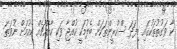
ކާ ވަގުތުތަކުގައި މިފަދަ ސްކްރީންތަކަށް ބެލުމަކީ ކުއްޖާ ވަކި ކާއެއްޗެއް ކެއުމަށް ނުވަތަ